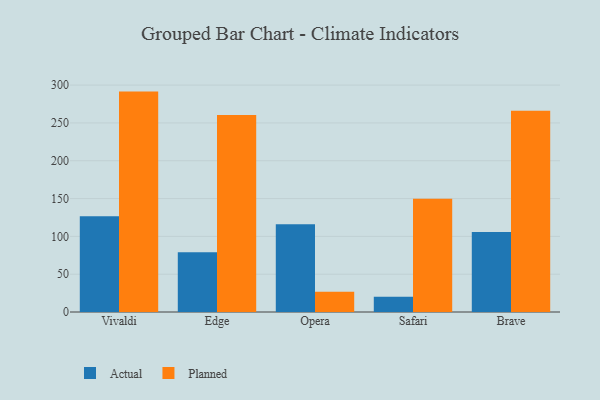
{"axis": {"x": "Browser", "y": "Production Output"}, "legend": ["Actual", "Planned"], "data": [{"x": "Vivaldi", "y": 126.5, "type": "Actual"}, {"x": "Vivaldi", "y": 291.4, "type": "Planned"}, {"x": "Edge", "y": 79.0, "type": "Actual"}, {"x": "Edge", "y": 260.3, "type": "Planned"}, {"x": "Opera", "y": 115.9, "type": "Actual"}, {"x": "Opera", "y": 26.9, "type": "Planned"}, {"x": "Safari", "y": 20.0, "type": "Actual"}, {"x": "Safari", "y": 149.8, "type": "Planned"}, {"x": "Brave", "y": 105.9, "type": "Actual"}, {"x": "Brave", "y": 266.0, "type": "Planned"}]}